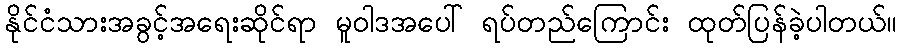
နိုင်ငံသားအခွင့်အရေးဆိုင်ရာ မူဝါဒအပေါ် ရပ်တည်ကြောင်း ထုတ်ပြန်ခဲ့ပါတယ်။